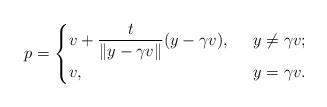
LaTeX: \begin{align*}p=\begin{cases}v+\dfrac{t}{\|y-\gamma v\|}(y-\gamma v),&\;\;y\neq\gamma v;\\v,&\;\;y=\gamma v.\end{cases}\end{align*}